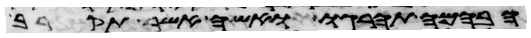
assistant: הבהמה תהרגו ואשה אשר תקרב